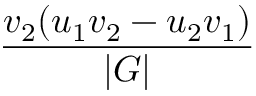
\frac { v _ { 2 } ( u _ { 1 } v _ { 2 } - u _ { 2 } v _ { 1 } ) } { | G | }